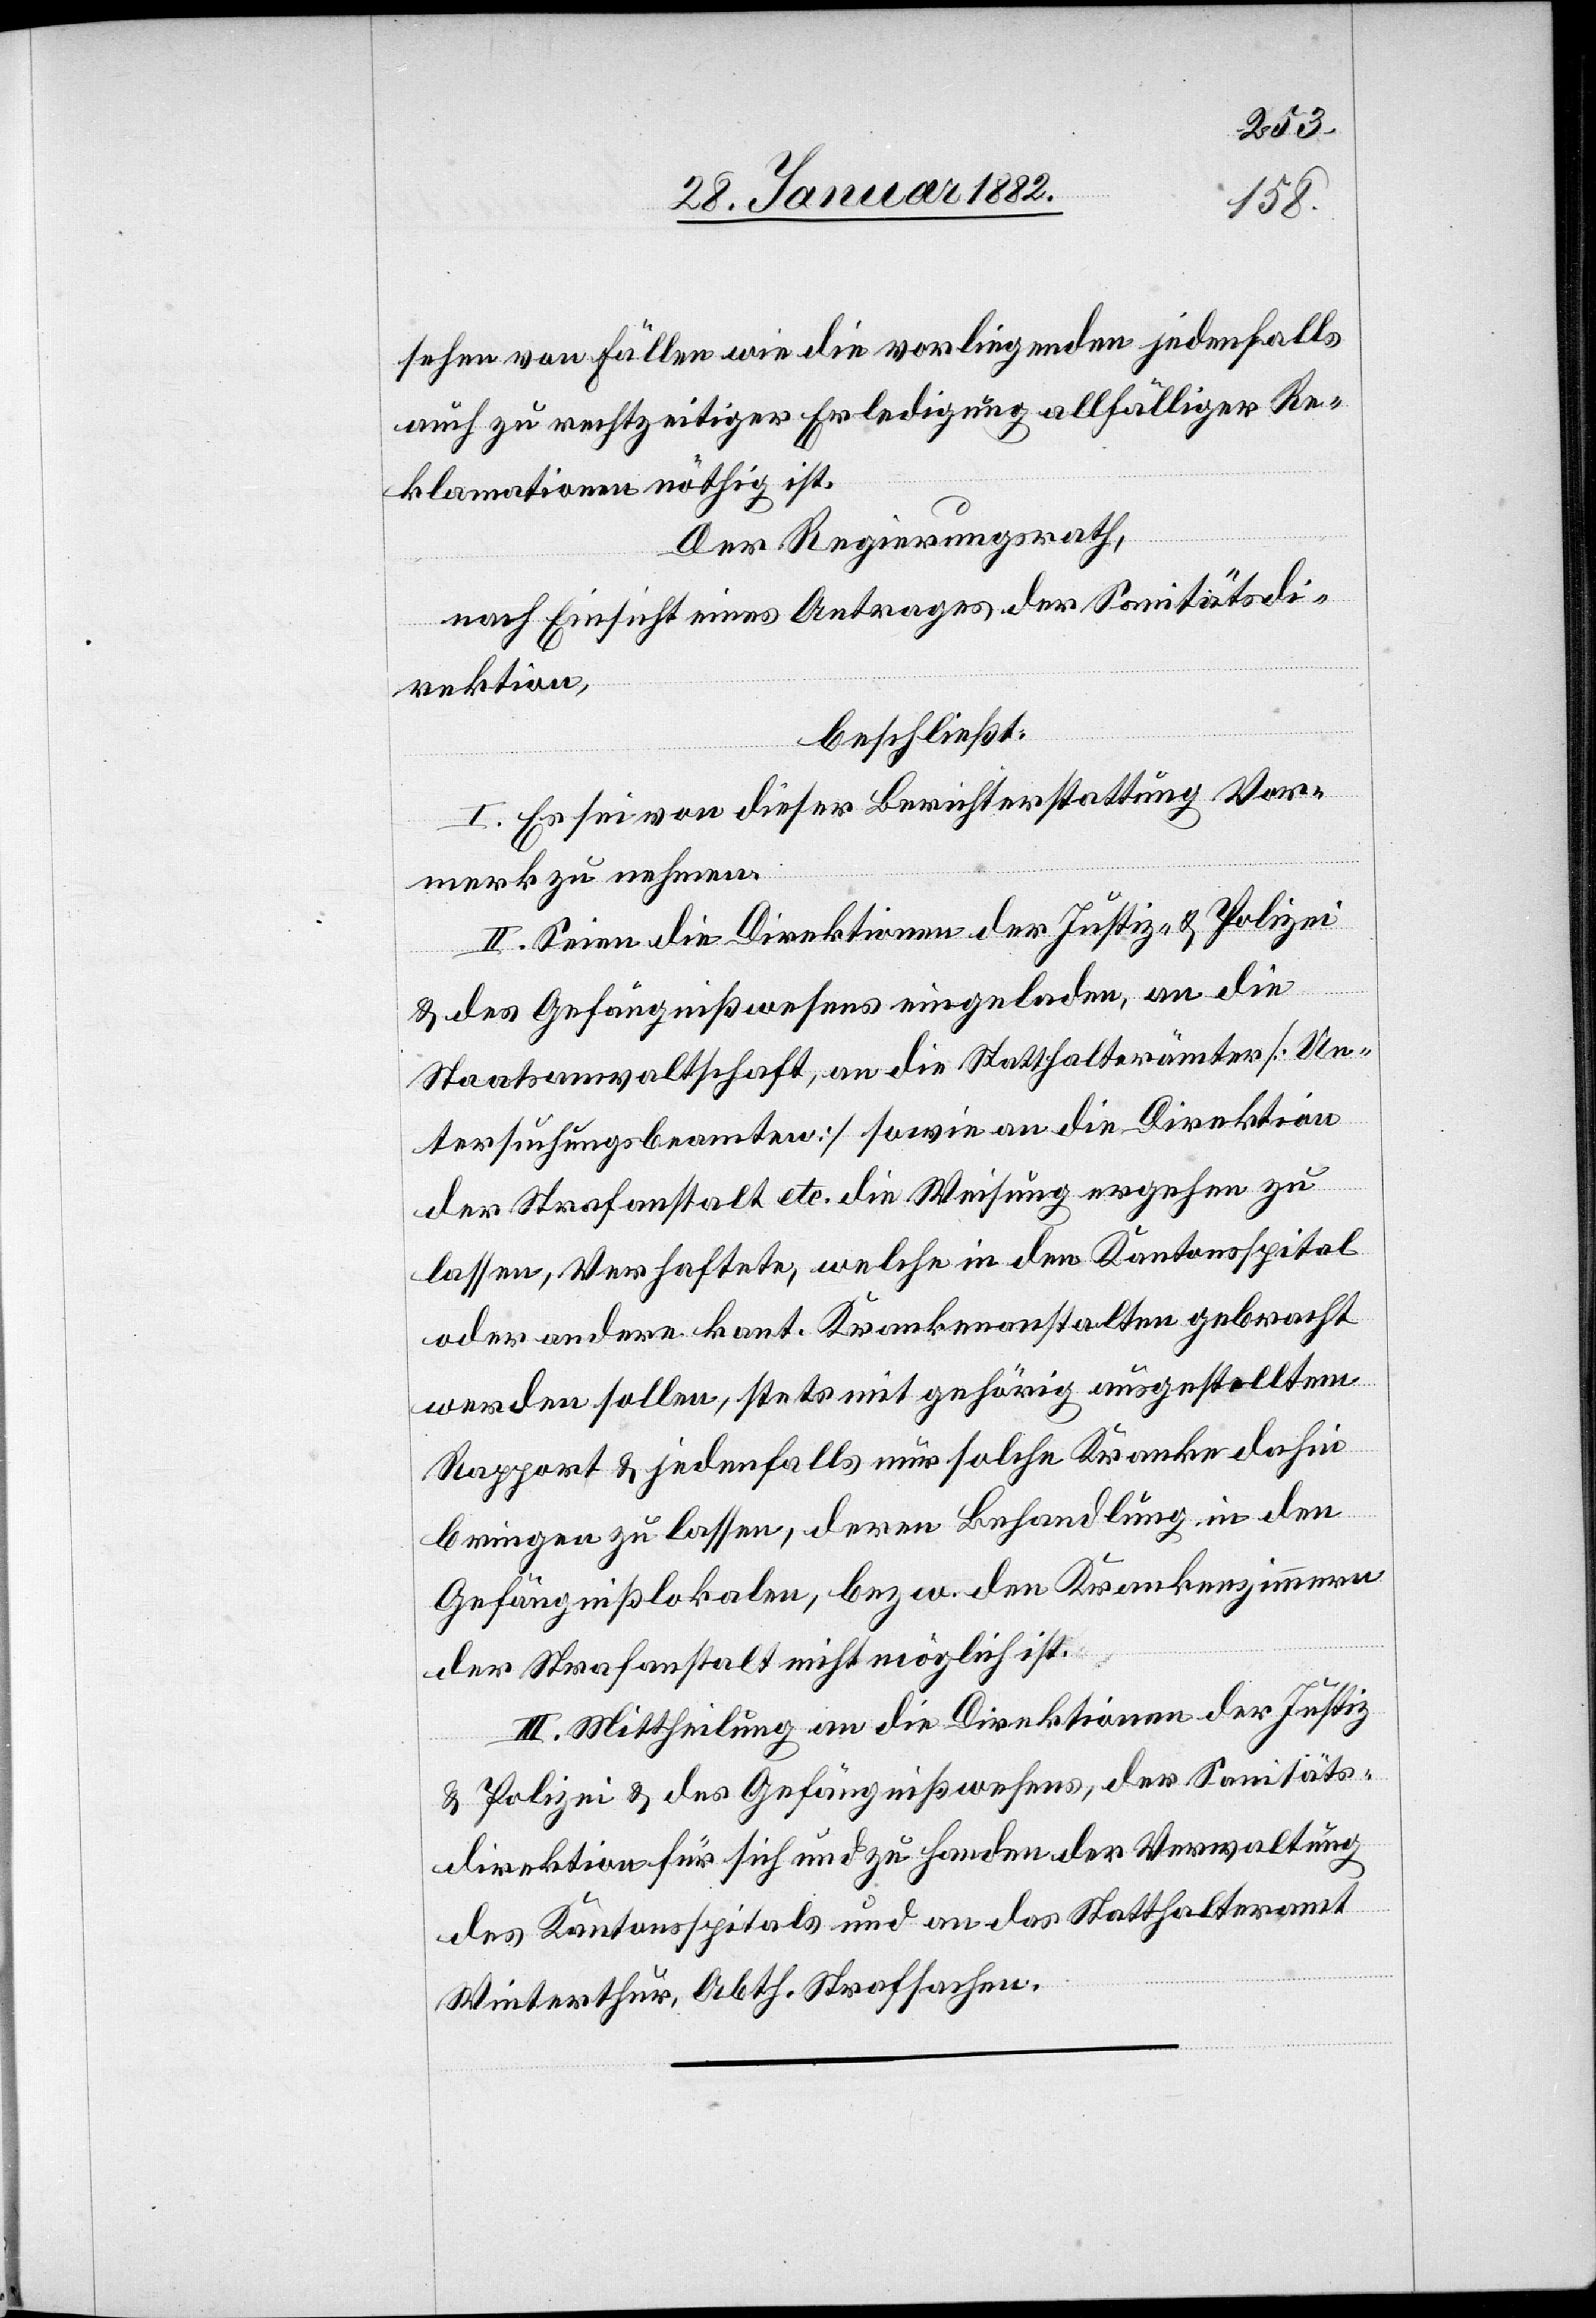
sehen von Fällen wie die vorliegenden jedenfalls
auch zu rechtzeitiger Erledigung allfälliger Re¬
klamationen nöthig ist.
Der Regierungsrath,
nach Einsicht eines Antrages der Sanitätsdi¬
rektion,
beschließt:
I. Es sei von dieser Berichterstattung Vor¬
merk zu nehmen.
II. Seien die Direktionen der Justiz- & Polizei
& des Gefängnißwesens eingeladen, an die
Staatsanwaltschaft, an die Statthalterämter [Un¬
tersuchungsbureau] sowie an die Direktion
der Strafanstalt etc. die Weisung ergehen zu
lassen, Verhaftete, welche in den Kantonsspital
oder andere kant. Krankenanstalten gebracht
werden sollen, stets mit gehörig ausgestelltem
Rapport & jedenfalls nur solche Kranke dahin
bringen zu lassen, deren Behandlung in den
Gefängnißlokalen, bzw. den Krankenzimmern
der Strafanstalt nicht möglich ist.
II. Mittheilung an die Direktionen der Justiz
& Polizei & des Gefängnißwesens, der Sanitäs¬
direktion für sich und zu Handen der Verwaltung
des Kantonsspitals und an das Statthalteramt
Winterthur, Abth. Strafsachen.